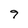
Character: 9